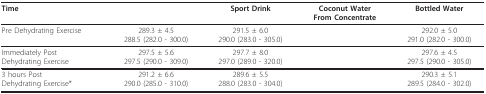
<table><thead><tr><td><b>Time</b></td><td>[EMPTY_CELL]</td><td><b>Sport Drink</b></td><td><b>Coconut WaterFrom Concentrate</b></td><td><b>Bottled Water</b></td></tr></thead><tbody><tr><td>Pre Dehydrating Exercise</td><td>289.3 ± 4.5288.5 (282.0 - 300.0)</td><td>291.5 ± 6.0290.0 (283.0 - 305.0)</td><td>[EMPTY_CELL]</td><td>292.0 ± 5.0291.0 (282.0 - 300.0)</td></tr><tr><td>Immediately PostDehydrating Exercise</td><td>297.5 ± 5.6297.5 (290.0 - 309.0)</td><td>297.7 ± 8.0297.0 (289.0 - 320.0)</td><td>[EMPTY_CELL]</td><td>297.6 ± 4.5297.5 (290.0 - 305.0)</td></tr><tr><td>3 hours PostDehydrating Exercise*</td><td>291.2 ± 6.6290.0 (285.0 - 310.0)</td><td>289.6 ± 5.5288.0 (283.0 - 304.0)</td><td>[EMPTY_CELL]</td><td>290.3 ± 5.1289.5 (284.0 - 302.0)</td></tr></tbody></table>